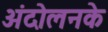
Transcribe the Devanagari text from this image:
अंदोलनके